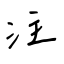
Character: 注